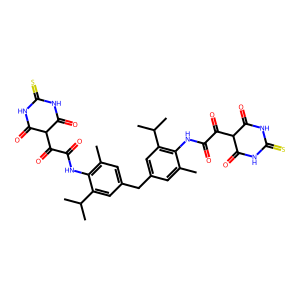
SMILES: Cc1cc(Cc2cc(C)c(NC(=O)C(=O)C3C(=O)NC(=S)NC3=O)c(C(C)C)c2)cc(C(C)C)c1NC(=O)C(=O)C1C(=O)NC(=S)NC1=O
Inhibits HIV replication: No